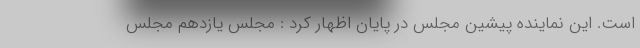
است. این نماینده پیشین مجلس در پایان اظهار کرد : مجلس یازدهم مجلس